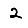
Digit: 2